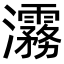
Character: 𬉮